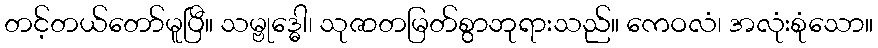
တင့်တယ်တော်မူပြီ။ သမ္ဗုဒ္ဓေါ၊ သုဇာတမြတ်စွာဘုရားသည်။ ကေဝလံ၊ အလုံးစုံသော။